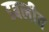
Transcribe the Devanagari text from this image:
डबलीव